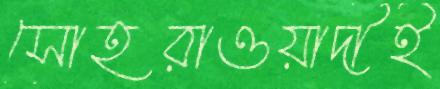
সোহরাওয়ার্দীই